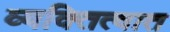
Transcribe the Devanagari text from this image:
व्यक्तित्वात